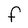
Character: f